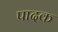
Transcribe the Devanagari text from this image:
पादक